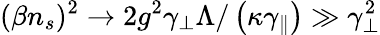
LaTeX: (\beta n_{s})^{2}\to 2g^{2}\gamma_{\perp}\Lambda/\left(\kappa\gamma_{\parallel}\right)\gg\gamma_{\perp}^{2}